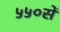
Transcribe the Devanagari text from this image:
५५०सें